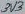
Text: 3V3